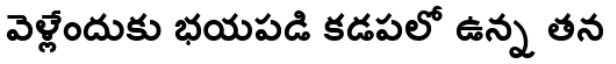
వెళ్లేందుకు భయపడి కడపలో ఉన్న తన